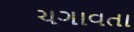
ચગાવતા